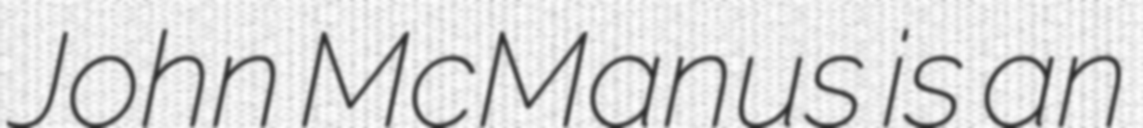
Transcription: John McManus is an